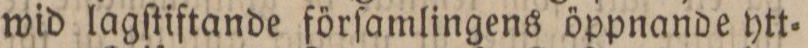
wid lagſtiftande förſamlingens öppnande ytt=